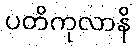
ပတိကုလာနိ